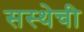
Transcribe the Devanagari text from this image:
सस्थेची